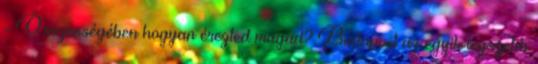
- Összességében hogyan érezted magad? Budapest az egyik legszebb